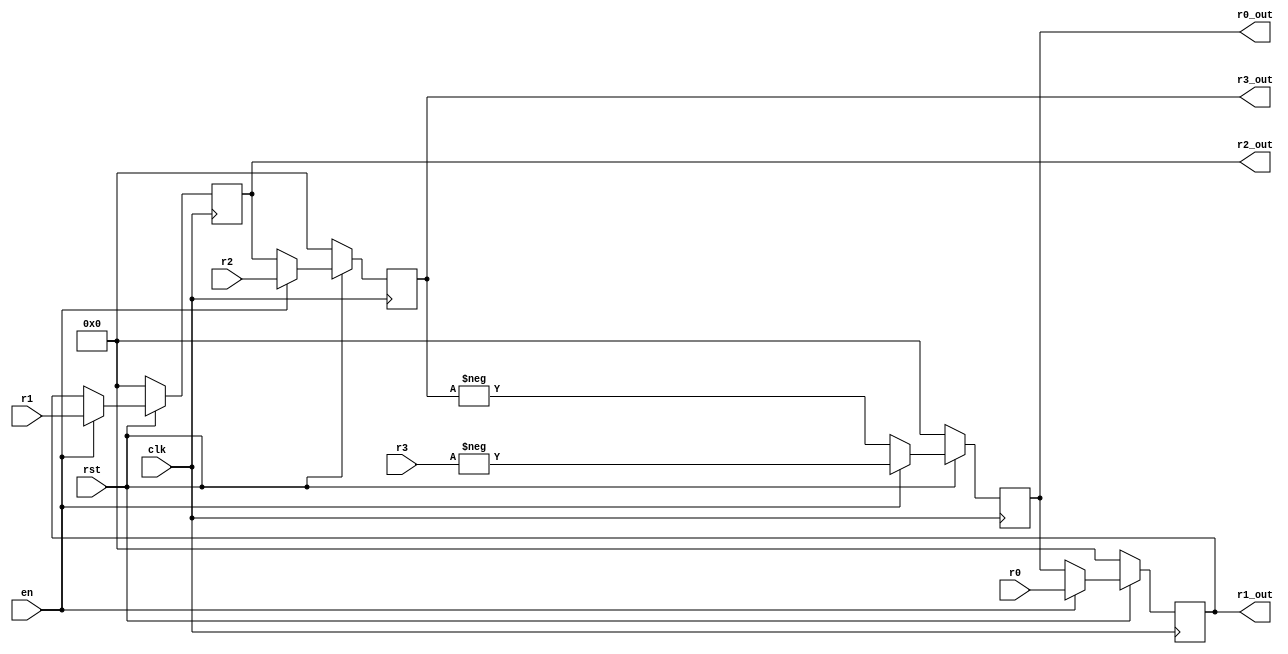
`timescale 1ns / 1ps
//////////////////////////////////////////////////////////////////////////////////
// Company: 
// Engineer: 
// 
// Design Name: 
// Module Name: model1
// Project Name: 
// Target Devices: 
// Tool Versions: 
// Description: 
// 
// Dependencies: 
// 
// Revision:
// Revision 0.01 - File Created
// Additional Comments:
// 
//////////////////////////////////////////////////////////////////////////////////

module scheduler#(parameter N=4, q=10)
    (
    input [q-1:0] r0,
    input [q-1:0] r1,
    input [q-1:0] r2,
    input [q-1:0] r3,
    output reg [q-1:0] r0_out,
    output reg [q-1:0] r1_out,
    output reg [q-1:0] r2_out,
    output reg [q-1:0] r3_out,
    input clk,
    input rst,
    input en
    );
    
    
    
    always @(posedge clk)
    begin
        if(rst == 0)
        begin
            r0_out <= 10'd0;
            r1_out <= 10'd0;
            r2_out <= 10'd0;
            r3_out <= 10'd0;
            
        end
        else
        begin
            if(en == 1)
            begin
                r0_out <= -r3;
                r1_out <= r0;
                r2_out <= r1;
                r3_out <= r2;
            end
            else
            begin
                r0_out <= -r3_out;
                r1_out <= r0_out;
                r2_out <= r1_out;
                r3_out <= r2_out;
            end
            
        end
    end

endmodule

module adder #(parameter N=4, q=10)
    (
    input [N-1:0] r2,
    input [q-1:0] c_0,
    input [q-1:0] c_1,
    input [q-1:0] c_2,
    input [q-1:0] c_3,
    output [q-1:0] out_0
    );
    
    assign out_0 = ((r2[0])?c_0:0) + ((r2[1])?c_1:0) + ((r2[2])?c_2:0) + ((r2[3])?c_3:0);
     
endmodule


module model3
    #(parameter N=4, q=10)
    (
    input clk,
    input reset_n,
    input [q - 1:0] c1_0_in,
    input [q - 1:0] c1_1_in,
    input [q - 1:0] c1_2_in,
    input [q - 1:0] c1_3_in,
    input [N-1:0] r2_in,
    input [q - 1:0] c2_0_in,
    input [q - 1:0] c2_1_in,
    input [q - 1:0] c2_2_in,
    input [q - 1:0] c2_3_in,
    output reg [q - 1:0] out_0,
    output reg [q - 1:0] out_1,
    output reg [q - 1:0] out_2,
    output reg [q - 1:0] out_3
    
    );
    
    reg [q-1:0] c1_0,c1_1,c1_2,c1_3;
    reg [N-1:0] r2;
    reg [q-1:0] c2_0,c2_1,c2_2,c2_3;
    
    reg [1:0] counter;
    reg init;
    
    wire [q-1:0] r_0,r_1,r_2,r_3,r_0_out,r_1_out,r_2_out,r_3_out;
    wire en;
    wire [q-1:0] c_0,c_1,c_2,c_3,out;
    
    
    
    scheduler k0 (r_0,r_1,r_2,r_3,r_0_out,r_1_out,r_2_out,r_3_out,clk,reset_n,en);
    
    assign r_0 = c1_0;
    assign r_1 = -c1_3;
    assign r_2 = -c1_2;
    assign r_3 = -c1_1;
    assign en = (counter == 0)? 1:0;
    
    
    
    adder k1 (r2,c_0,c_1,c_2,c_3,out);
    assign c_0 = (counter == 0)?c1_0:r_0_out;
    assign c_1 = (counter == 0)?-c1_3:r_1_out;
    assign c_2 = (counter == 0)?-c1_2:r_2_out;
    assign c_3 = (counter == 0)?-c1_1:r_3_out;
    
    
    
    always @(posedge clk)
    begin
    if(reset_n == 1'b0)
        begin
            out_0 <= 10'd0;
            out_1 <= 10'd0;
            out_2 <= 10'd0;
            out_3 <= 10'd0;
            
            init <= 0;
            counter <= 2'd0;
        end
    else
        begin
            
            if(init == 0)
            begin
                c1_0 <= c1_0_in;
                c1_1 <= c1_1_in;
                c1_2 <= c1_2_in;
                c1_3 <= c1_3_in;
                
                c2_0 <= c2_0_in;
                c2_1 <= c2_1_in;
                c2_2 <= c2_2_in;
                c2_3 <= c2_3_in;
                
                r2 <= r2_in;
                init <= 1;
            end
            else
            begin
                counter <= counter + 1;
                
                if(counter == 0)
                    out_0 <= out;                
                else
                if(counter == 1)
                    out_1 <= out;    
                else
                if(counter == 2)
                    out_2 <= out;
                else
                if(counter == 3)
                    out_3 <= out;
                    
                if(counter == 3)
                begin
                    c1_0 <= c1_0_in;
                    c1_1 <= c1_1_in;
                    c1_2 <= c1_2_in;
                    c1_3 <= c1_3_in;
                    
                    c2_0 <= c2_0_in;
                    c2_1 <= c2_1_in;
                    c2_2 <= c2_2_in;
                    c2_3 <= c2_3_in;
                    
                    r2 <= r2_in;
                
                end    
            
            end
            

        end
    end
     
endmodule